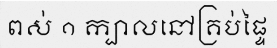
ពស់ ១ ក្បាលនៅគ្រប់ផ្ទៃ